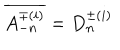
LaTeX: \overline { { { A _ { - n } ^ { \mp ( i ) } } } } = D _ { n } ^ { \pm ( i ) }